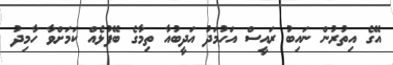
އޭގެ އިތުރުން ނައިބު ރައީސް އަހުމަދު އަދީބުއާ ތިމާގެ ބޭފުޅެއް ކަމަށްވާ ހާމިދު